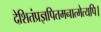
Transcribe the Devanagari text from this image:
देशितंप्रज्ञपितमनात्मेत्यपि।